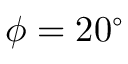
\phi = 2 0 ^ { \circ }